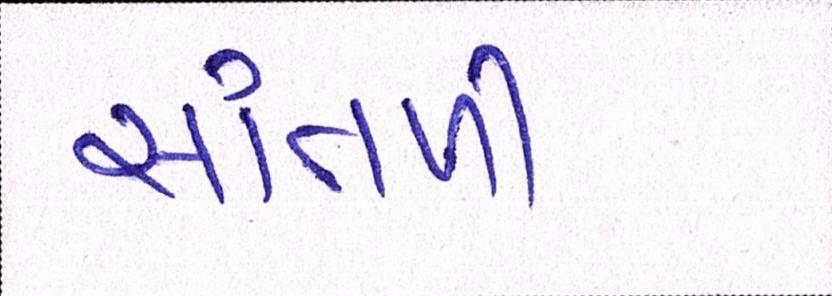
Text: સાંતળી